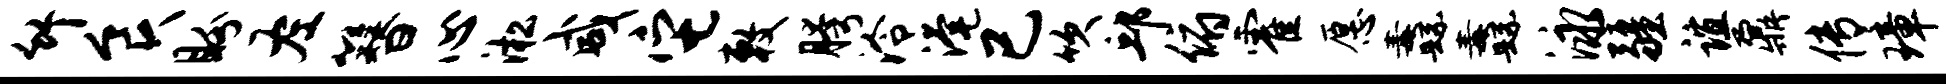
竹食盼左簪心淞咸它敕胯泠淹已吹邱俯霍愿纛纛泳疆谊鼐传璋